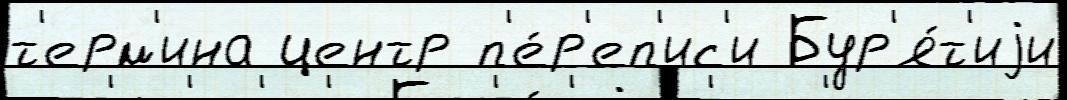
т'ерм'ина центр п'е́р'еп'ис'и Бур'я́т'иjи